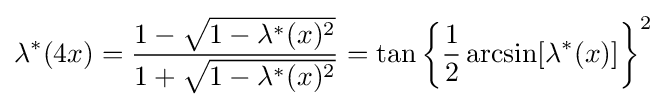
\lambda ^{*}(4x)={\frac {1-{\sqrt {1-\lambda ^{*}(x)^{2}}}}{1+{\sqrt {1-\lambda ^{*}(x)^{2}}}}}=\tan \left\{{\frac {1}{2}}\arcsin[\lambda ^{*}(x)]\right\}^{2}